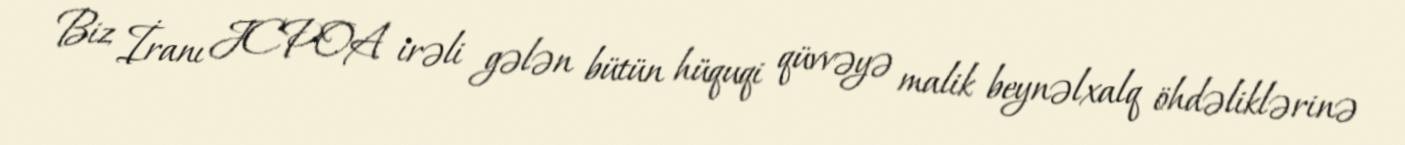
Biz İranı JCPOA irəli gələn bütün hüquqi qüvvəyə malik beynəlxalq öhdəliklərinə